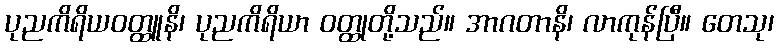
ပုညကိရိယဝတ္ထူနိ၊ ပုညကိရိယာ ဝတ္ထုတို့သည်။ အာဂတာနိ၊ လာကုန်ပြီ။ တေသု၊